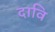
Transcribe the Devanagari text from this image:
दावि